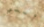
أنني